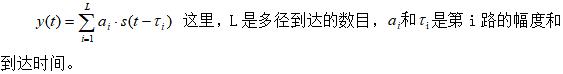
\[ y(t)=\sum_{i = 1}^{L} a_{i} \cdot s(t - \tau_{i}) \] 这里，$L$是多径到达的数目，$a_{i}$和$\tau_{i}$是第$i$路的幅度和到达时间。